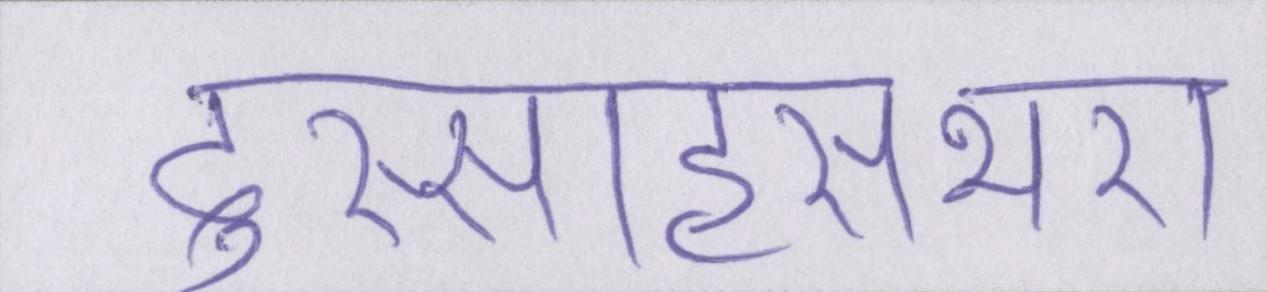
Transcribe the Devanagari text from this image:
दुस्साहसभरा